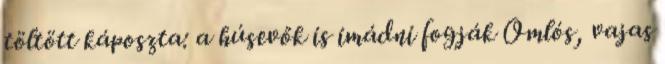
töltött káposzta: a húsevők is imádni fogják Omlós, vajas